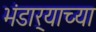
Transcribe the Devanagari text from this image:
भंडार्‍याच्या